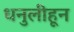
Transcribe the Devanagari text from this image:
धनुलीहून